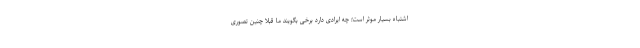
اشتباه بسیار موثر است؛ چه ایرادی دارد برخی بگویند ما قبلا چنین تصوری